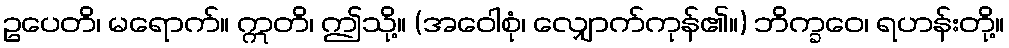
ဥပေတိ၊ မရောက်။ ဣတိ၊ ဤသို့။ (အဝေါစုံ၊ လျှောက်ကုန်၏။) ဘိက္ခဝေ၊ ရဟန်းတို့။